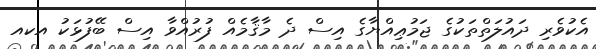
އެކުވެރި ދައުލަތްތަކުގެ ޖަމުޢިއްޔާގެ އިސް ދެ މާޤާމެއް ފުރުއްވާ އިސް ބޭފުޅަކު އކއ